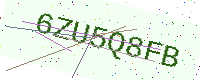
Text: 6ZU5Q8FB